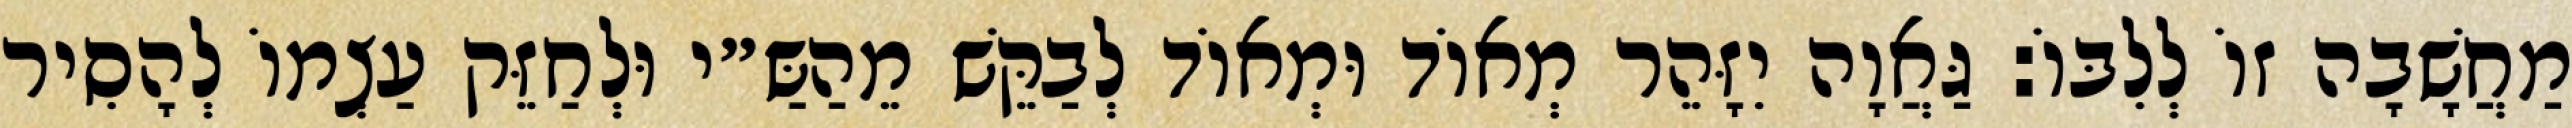
מַחֲשָׁבָה זוֹ לְלִבּוֹ: גַּאֲוָה יִזָּהֵר מְאוֹד וּמְאוֹד לְבַקֵּשׁ מֵהַשַּ״י וּלְחַזֵּק עַצְמוֹ לְהָסִיר